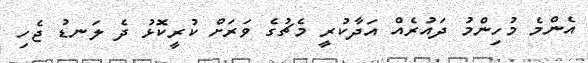
އެންމެ މުހިންމު ދައުރެއް އަދާކުރީ މެޗުގެ ވަރަށް ކުރީކޮޅު ދެ ލަނޑު ޖެހި